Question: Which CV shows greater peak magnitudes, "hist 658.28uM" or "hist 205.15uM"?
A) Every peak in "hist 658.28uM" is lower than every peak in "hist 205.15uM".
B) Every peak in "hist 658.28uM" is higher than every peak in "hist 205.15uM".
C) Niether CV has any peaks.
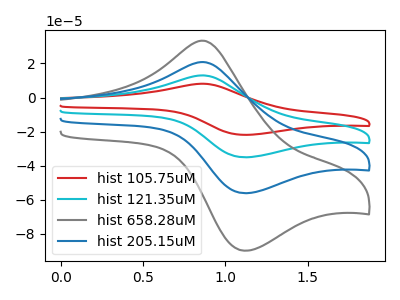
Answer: <think>The red curve "hist 105.75uM" has an anodic peak at (0.85V, 62.40uA) and a cathodic peak at (1.10V, -168.15uA). The cyan curve "hist 121.35uM" has an anodic peak at (0.85V, 41.60uA) and a cathodic peak at (1.10V, -112.10uA). The gray curve "hist 658.28uM" has an anodic peak at (0.85V, 33.30uA) and a cathodic peak at (1.10V, -89.75uA). The blue curve "hist 205.15uM" has an anodic peak at (0.85V, 20.80uA) and a cathodic peak at (1.10V, -56.05uA).</think>
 <answer>B) Every peak in "hist 658.28uM" is higher than every peak in "hist 205.15uM".</answer>
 <eval>B</eval>